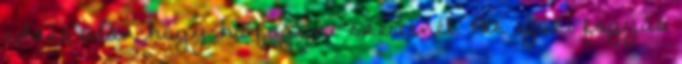
edzés után hogy ha fogyni szeretnél. Az igazi fogyás